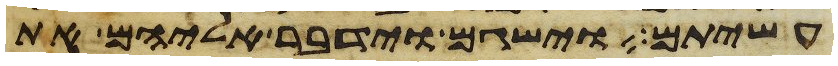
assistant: עשיתם וישגם וידבר אליהם את